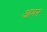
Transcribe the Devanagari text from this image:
आमन